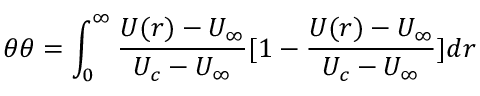
\theta \theta = \int _ { 0 } ^ { \infty } \frac { U ( r ) - U _ { \infty } } { U _ { c } - U _ { \infty } } [ 1 - \frac { U ( r ) - U _ { \infty } } { U _ { c } - U _ { \infty } } ] d r